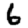
Digit: 6